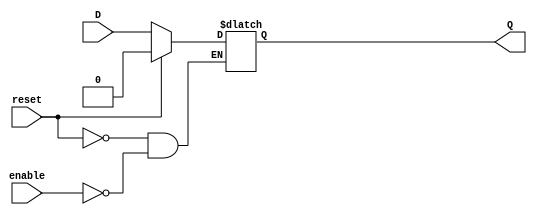
module D_latch (
    input D, // Data input
    input enable, // Enable input
    input reset, // Reset input
    output reg Q // Output of the latch
);

always @(D, enable, reset) begin
    if (reset) begin
        Q <= 1'b0; // Reset the output to 0
    end else begin
        if (enable) begin
            Q <= D; // Output follows the data input
        end
    end
end

endmodule